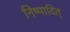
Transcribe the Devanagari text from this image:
निष्पादित्